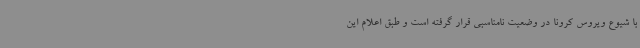
با شیوع ویروس کرونا در وضعیت نامناسبی قرار گرفته است و طبق اعلام این